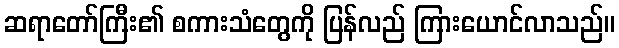
ဆရာတော်ကြီး၏ စကားသံတွေကို ပြန်လည် ကြားယောင်လာသည်။